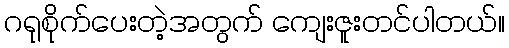
ဂရုစိုက်ပေးတဲ့အတွက် ကျေးဇူးတင်ပါတယ်။